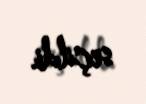
seçildi.